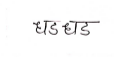
मजकूर: धडधड